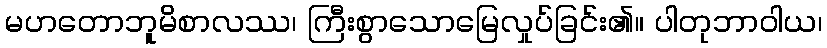
မဟတောဘူမိစာလဿ၊ ကြီးစွာသောမြေလှုပ်ခြင်း၏။ ပါတုဘာဝါယ၊